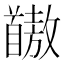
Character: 𫗺